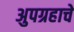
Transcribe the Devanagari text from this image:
अुपग्रहाचे